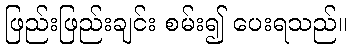
ဖြည်းဖြည်းချင်း စမ်း၍ ပေးရသည်။